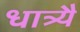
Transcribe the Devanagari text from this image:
धात्र्यै